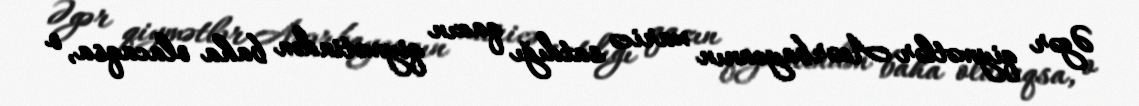
Əgər qiymətlər Azərbaycanın xaricə satdığı qazın qiymətindən baha olacaqsa, o